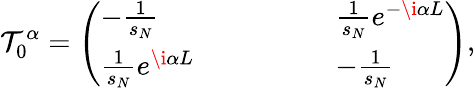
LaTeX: \mathcal{T}_{0}^{\alpha}=\left(\begin{array}{llllll}{-\frac{1}{s_{N}}}&{}&{}&{}&{}&{\frac{1}{s_{N}}e^{-\i\alpha L}}\\ {\frac{1}{s_{N}}e^{\i\alpha L}}&{}&{}&{}&{}&{-\frac{1}{s_{N}}}\end{array}\right),